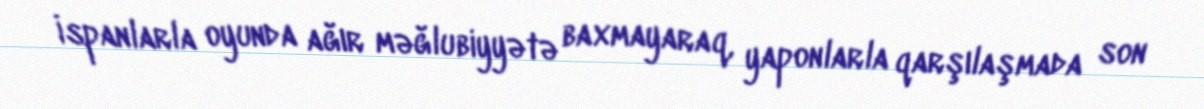
İspanlarla oyunda ağır məğlubiyyətə baxmayaraq, yaponlarla qarşılaşmada son